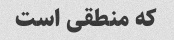
که منطقی است